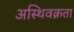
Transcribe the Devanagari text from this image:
अस्थिवक्रता